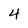
Character: 4